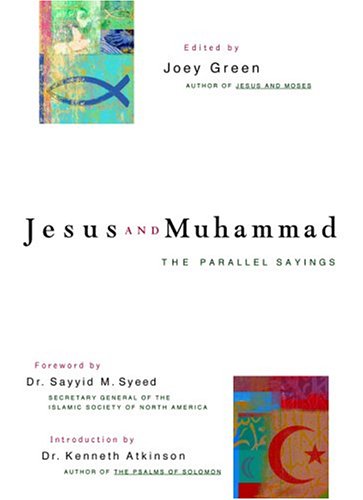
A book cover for Jesus and Muhammad: The Parallel Sayings; Religion & Spirituality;